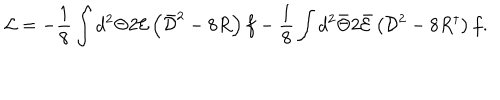
{ \mathcal { L } } = - \frac { 1 } { 8 } \int { d ^ { 2 } \Theta 2 { \mathcal { E } } \left( \bar { \mathcal { D } } ^ { 2 } - 8 R \right) f } - \frac { 1 } { 8 } \int { d ^ { 2 } \bar { \Theta } 2 \bar { \mathcal { E } } \left( { \mathcal { D } } ^ { 2 } - 8 R ^ { \dagger } \right) f } .